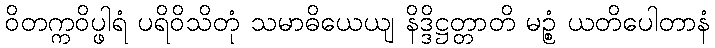
ဝိတက္ကဝိပ္ဖါရံ ပရိဝိသိတုံ သမာဓိယေယျ နိဒ္ဒိဋ္ဌတ္တာတိ မဉ္စံ ယတိပေါတာနံ